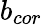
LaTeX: b_{cor}